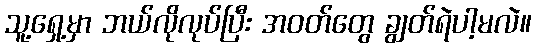
သူ့ရှေ့မှာ ဘယ်လိုလုပ်ပြီး အဝတ်တွေ ချွတ်ရဲပါ့မလဲ။